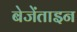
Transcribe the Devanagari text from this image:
बेजेंताइन